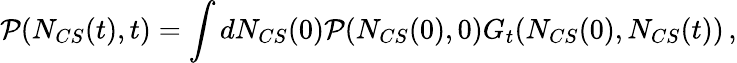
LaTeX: {\cal P}(N_{CS}(t),t)=\int dN_{CS}(0){\cal P}(N_{CS}(0),0)G_{t}(N_{CS}(0),N_{CS}(t))\, ,